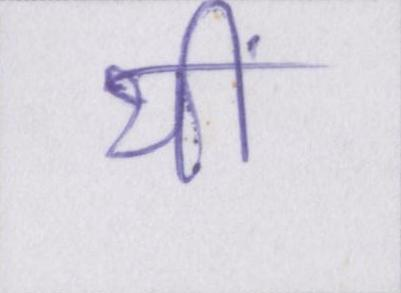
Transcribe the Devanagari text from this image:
थीं